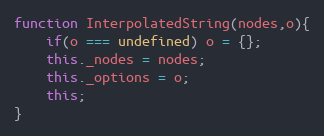
Language: JavaScript
function InterpolatedString(nodes,o){
	if(o === undefined) o = {};
	this._nodes = nodes;
	this._options = o;
	this;
}